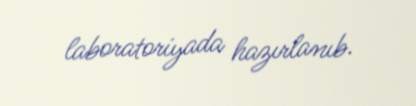
laboratoriyada hazırlanıb.